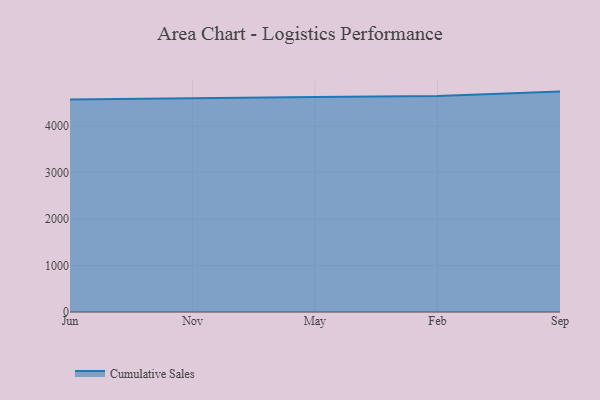
{"axis": {"x": "Month", "y": "Market Share (%)"}, "legend": ["Cumulative Sales"], "data": [{"x": "Jun", "y": 4571.6, "type": "Cumulative Sales"}, {"x": "Nov", "y": 4592.0, "type": "Cumulative Sales"}, {"x": "May", "y": 4626.3, "type": "Cumulative Sales"}, {"x": "Feb", "y": 4649.7, "type": "Cumulative Sales"}, {"x": "Sep", "y": 4743.8, "type": "Cumulative Sales"}]}